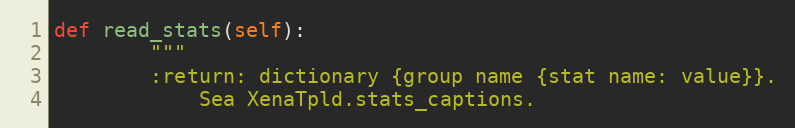
Language: Python
def read_stats(self):
        """
        :return: dictionary {group name {stat name: value}}.
            Sea XenaTpld.stats_captions.